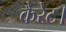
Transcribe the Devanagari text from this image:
कैरेट।